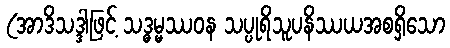
(အာဒိသဒ္ဒါဖြင့် သဒ္ဓမ္မဿဝန သပ္ပုရိသူပနိဿယအစရှိသော